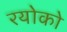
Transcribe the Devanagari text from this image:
रयोको